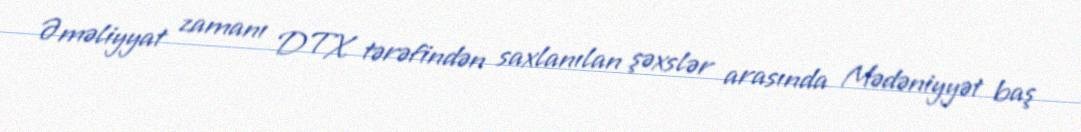
Əməliyyat zamanı DTX tərəfindən saxlanılan şəxslər arasında Mədəniyyət baş